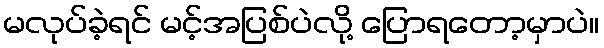
မလုပ်ခဲ့ရင် မင့်အပြစ်ပဲလို့ ပြောရတော့မှာပဲ။